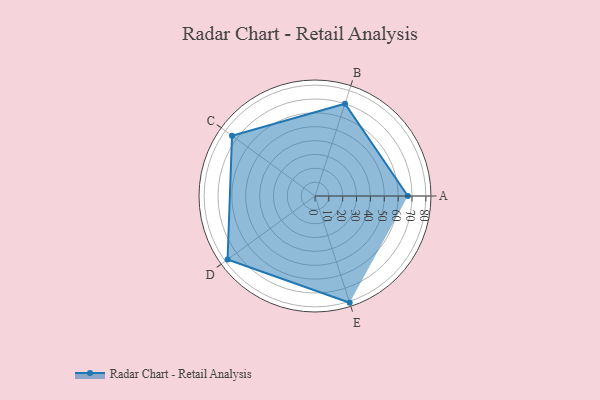
{"axis": {"x": "Skill", "y": "Score"}, "legend": ["Profile"], "data": [{"x": "A", "y": 67.0, "type": "Profile"}, {"x": "B", "y": 70.0, "type": "Profile"}, {"x": "C", "y": 74.0, "type": "Profile"}, {"x": "D", "y": 78.0, "type": "Profile"}, {"x": "E", "y": 81.0, "type": "Profile"}]}